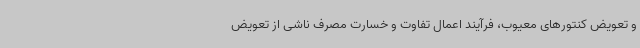
و تعویض کنتورهای معیوب، فرآیند اعمال تفاوت و خسارت مصرف ناشی از تعویض